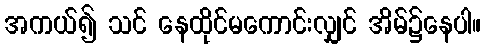
အကယ်၍ သင် နေထိုင်မကောင်းလျှင် အိမ်၌နေပါ။